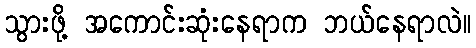
သွားဖို့ အကောင်းဆုံးနေရာက ဘယ်နေရာလဲ။